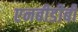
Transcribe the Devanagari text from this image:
एनबीडीबी